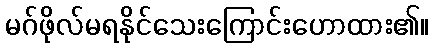
မဂ်ဖိုလ်မရနိုင်သေးကြောင်းဟောထား၏။